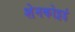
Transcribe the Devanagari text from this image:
शेनकोट्टई